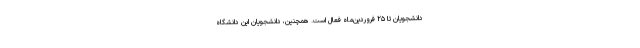
دانشجویان تا ۲۵ فروردین‌ماه فعال است. همچنین، دانشجویان این دانشگاه